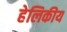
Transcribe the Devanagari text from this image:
हेलिकीय